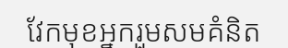
វែកមុខអ្នករួមសមគំនិត